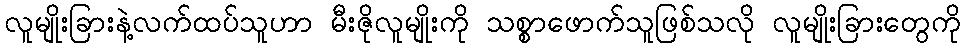
လူမျိုးခြားနဲ့လက်ထပ်သူဟာ မီးဇိုလူမျိုးကို သစ္စာဖောက်သူဖြစ်သလို လူမျိုးခြားတွေကို